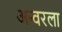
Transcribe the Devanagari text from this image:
अन्वरला